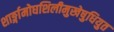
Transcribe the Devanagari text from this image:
शार्ङ्गामोघशिलीमुखेषुधियुत